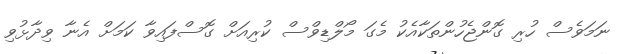
ނަމަވެސް ހުރި ގޮންޖެހުންތަކާއެކު މެގަ މޯލްޑިވްސް ކުރިއަށް ގޮސްފައިވާ ކަމަށް އެނާ ވިދާޅުވި